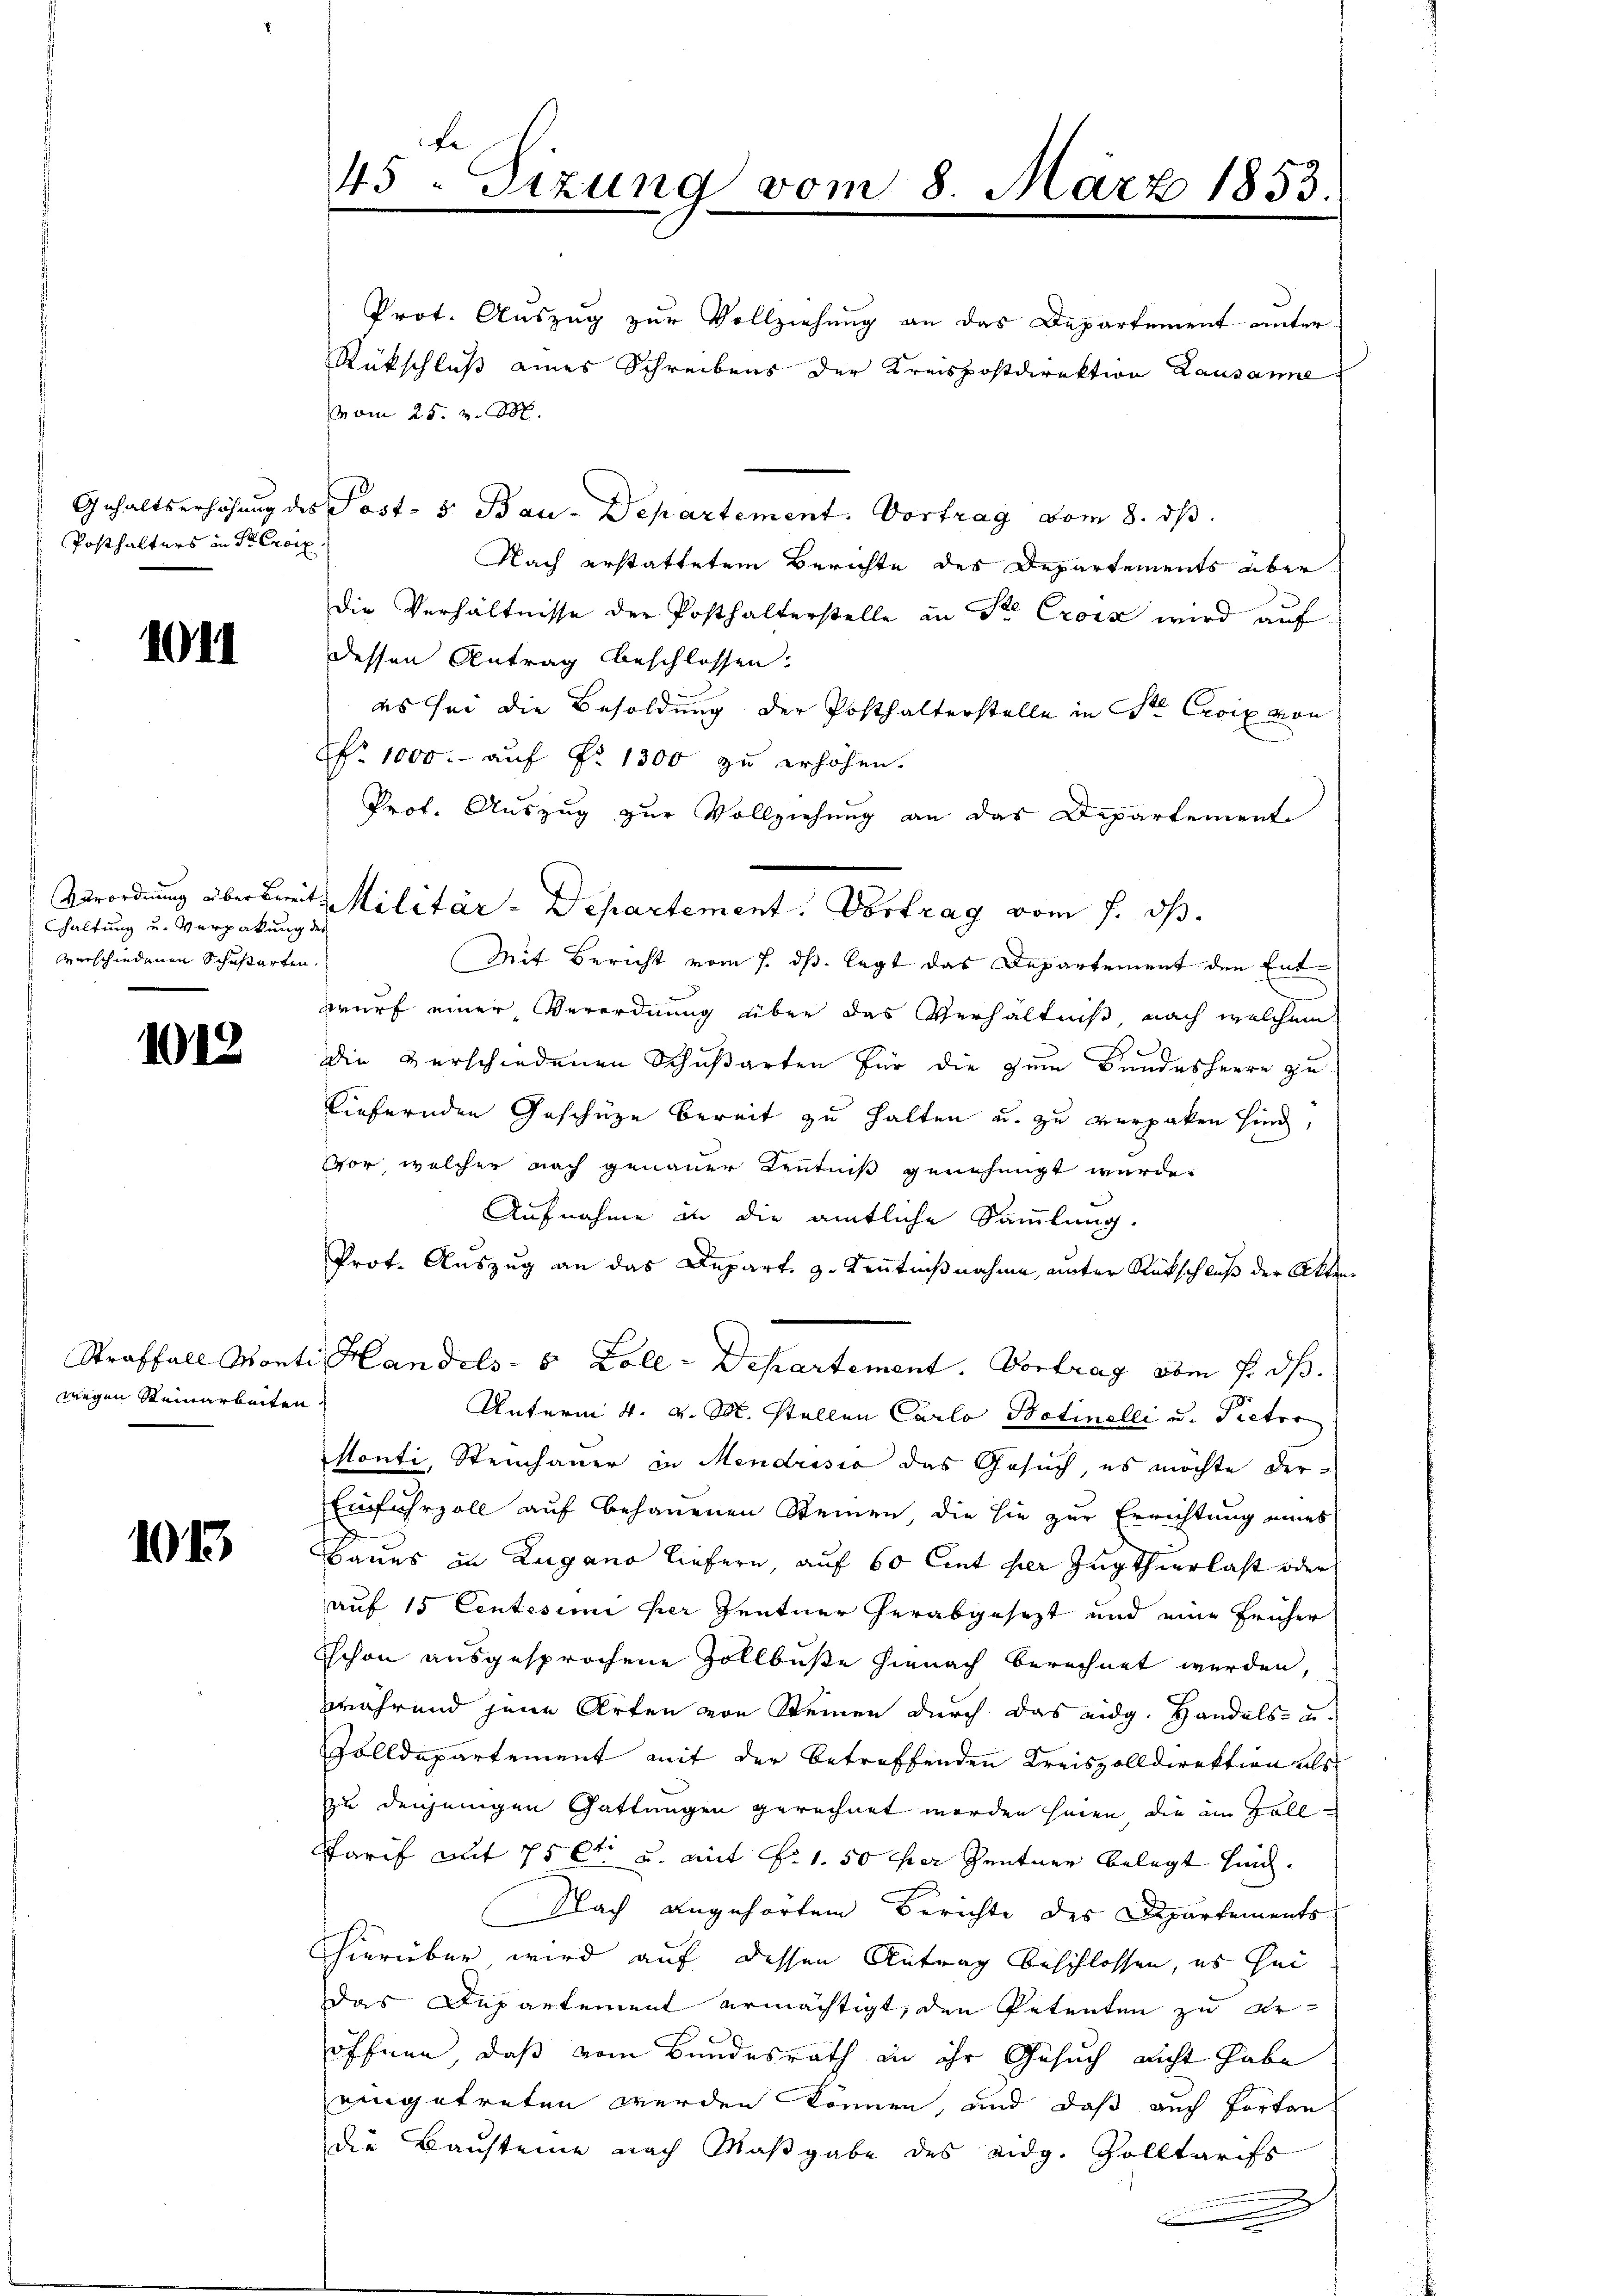
Posthalters in Seeroix

1011

haltung und Verpakung des
verschiedenen Schußarten,

1018

wegen Steinarbeiten,

1015

Fe
45. Sizung vom 8. März 1853.

Prot. Auszug zur Vollziehung an das Departement unter¬
Rückschluß eines Schreibens der Kreispostdirektion Lausanne
vom 25. v. M.
Gehaltserhöhung des Post- 5. Bau-Departement. Vortrag vom 8. dβ
Nach erstattetem Berichte des Departements aber
die Verhältnisse der Posthalterstelle an Sr. Crois wird auf
dessen Antrag beschlossen.
es sei die Besoldung der Posthalterstelle in St. Croix von
Nr. 1000.- auf Fr. 1300 zu erhöhen.
Prof. Auszug zur Vollziehung an das Departement
Verordnung überbreit, Militär-Departement. Vortrag vom 7. ds.
Mit Bericht vom 7. ds. legt das Departement den Entbrurf einer Verordnung über das Verhältniß, nach welchem
die verschiedenen Schußarten für die zum Bundesherre zu
liefernden Geschäze bereit zu halten u. zu verpaken sind,
vor, welcher nach genauer Kenntniß genehmigt wurde.
Aufnahme in die amtliche Sammlung.
Prot. Auszug an das Depart. 3. Kenntnißnahme, unter Rückschluß der Akten
Straffall Monti Handels- 5 Zoll - Departement. Vortrag vom 7. ds.
Unterm 4. v. M. stellen Carlo Batinelli u. Pictor
stonti, Steinhauer in Mendrisia das Gesuch, es möchte der¬
Einfuhrzoll auf behauenen Steinen, die sie zur Errichtung eines
Baues in Zugano liefern, auf 60 Cent her Zugthierlast oder
auf 15 Centesimi her Zentner herabgesezt und eine früher
Schon ausgesprochene Zollbuße hienach berechnet werden,
während jene Arten von Steinen durch das eidg. Handels- u.
Zolldepartement mit der betreffenden Kreiszolldirektion als
zu denjenigen Gattungen gerechnet worden seien, die im Zoll
Tarif mit 75 lt u. mit Fr. 1. 50 per Zentner belegt sind.
Nach angehörten Berichte des Departements
hierüber, wird auf dessen Antrag beschlossen, es hei
das Departement ermächtigt, den Petenten zu eröffnen, daß vom Bundesrath an ihr Gesuch nicht habe
eingetreten werden können, und daß auch forten
die Bausteine nach Maßgabe des eidg. Solltarifs
m
.